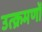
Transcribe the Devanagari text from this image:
उत्क्रमणों